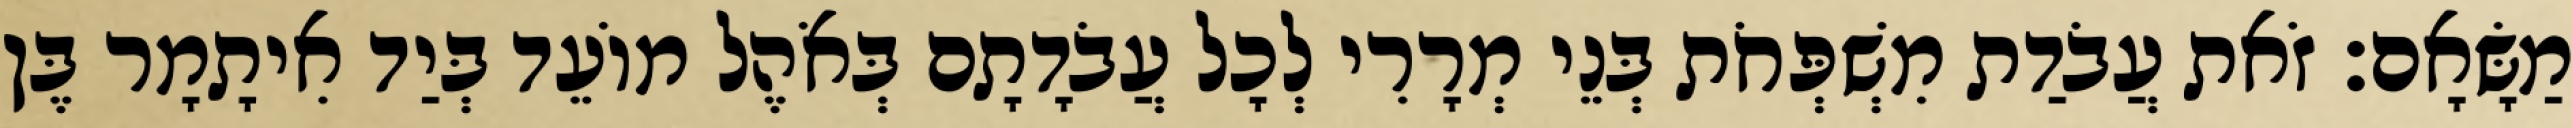
מַשָּׂאָם׃ זֹאת עֲבֹדַת מִשְׁפְּחֹת בְּנֵי מְרָרִי לְכָל עֲבֹדָתָם בְּאֹהֶל מוֹעֵד בְּיַד אִיתָמָר בֶּן